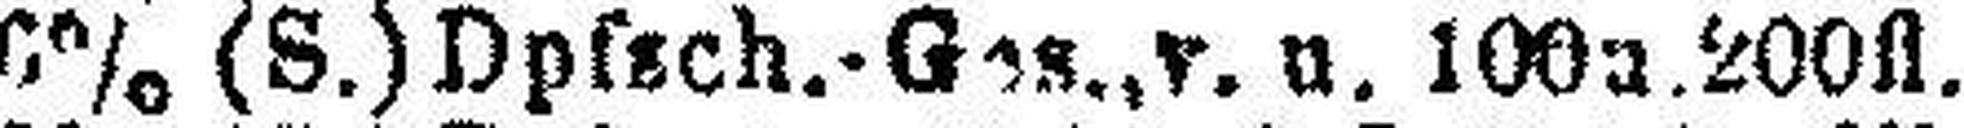
6% (S.) Dpfsch.-Ges.,r. u. 100###. 200fl.